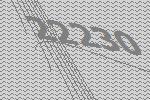
22230